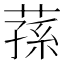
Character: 蓀